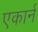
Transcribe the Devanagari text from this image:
एकार्न